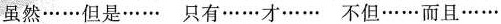
虽然……但是…… 只有……才…… 不但……而且……